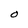
Character: O